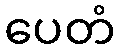
ပေတံ